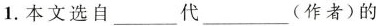
1.本文选自___代___(作者)的